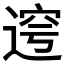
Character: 𲅤